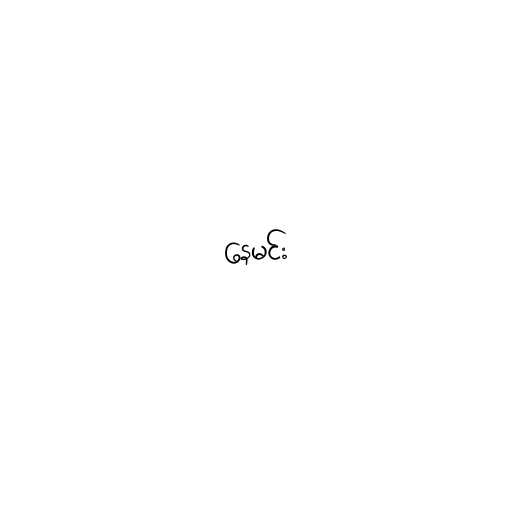
နေမင်း